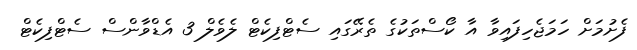
ފެށުމަށް ހަމަޖެހިފައިވާ އާ ކޯސްތަކުގެ ތެރޭގައި ސެޓްފިކެޓް ލެވެލް 3 އެޑްވާންސް ސެޓްފިކެޓް